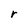
Character: r